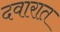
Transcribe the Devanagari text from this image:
दवारात